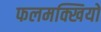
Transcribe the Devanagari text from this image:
फलमक्खियों